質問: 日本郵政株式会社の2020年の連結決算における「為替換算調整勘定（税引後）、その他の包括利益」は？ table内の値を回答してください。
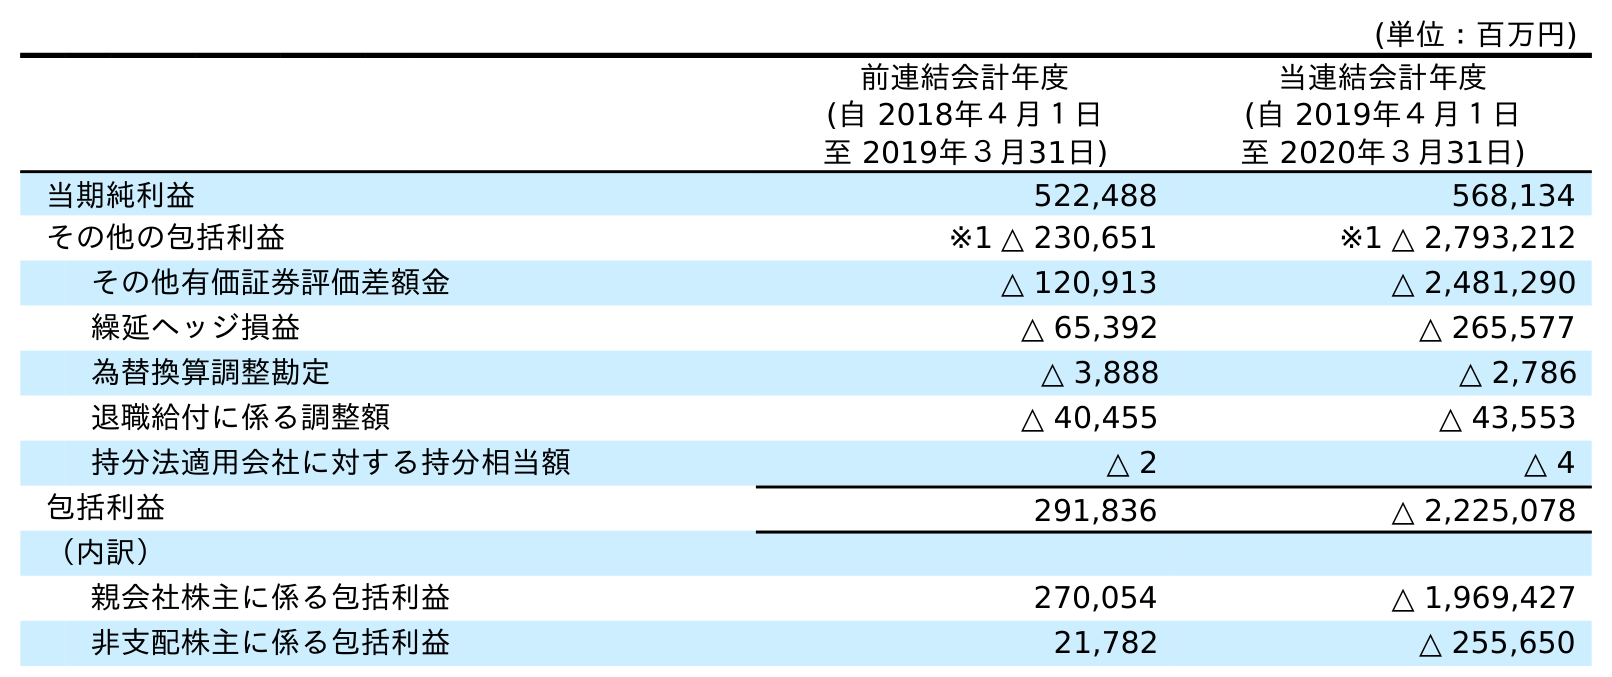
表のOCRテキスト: (単位：百万円) 前連結会計年度 (自 2018年４月１日 至 2019年３月31日) 当連結会計年度 (自 2019年４月１日 至 2020年３月31日) 当期純利益 522,488 568,134 その他の包括利益 ※1 △ 230,651 ※1 △ 2,793,212 その他有価証券評価差額金 △ 120,913 △ 2,481,290 繰延ヘッジ損益 △ 65,392 △ 265,577 為替換算調整勘定 △ 3,888 △ 2,786 退職給付に係る調整額 △ 40,455 △ 43,553 持分法適用会社に対する持分相当額 △ 2 △ 4 包括利益 291,836 △ 2,225,078 （内訳） 親会社株主に係る包括利益 270,054 △ 1,969,427 非支配株主に係る包括利益 21,782 △ 255,650
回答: △2,786